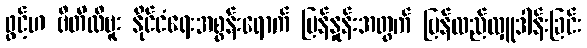
ဖွင့်ဟ ဗီတီလီဗူး နိုင်ငံရေးအစွန်းရောက် မြန်နှုန်းအတွက် ပြန်လည်လှူဒါန်းခြင်း